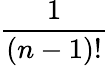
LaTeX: \frac{1}{(n-1)!}